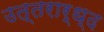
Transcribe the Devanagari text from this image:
उत्तरार्ध्द